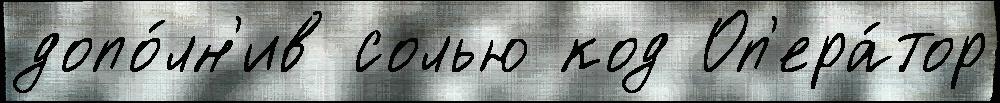
допо́лн'ив солью код Оп'ера́тор